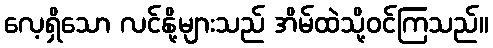
လေ့ရှိသော လင်နို့များသည် အိမ်ထဲသို့ဝင်ကြသည်။